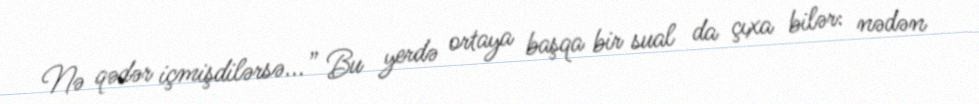
Nə qədər içmişdilərsə...” Bu yerdə ortaya başqa bir sual da çıxa bilər: nədən